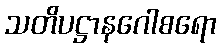
သတိပဋ္ဌာနဂေါစရော